Lunatic asylums in Bengal annual reports 1888-1898 - 1888-1898
Year: 1888
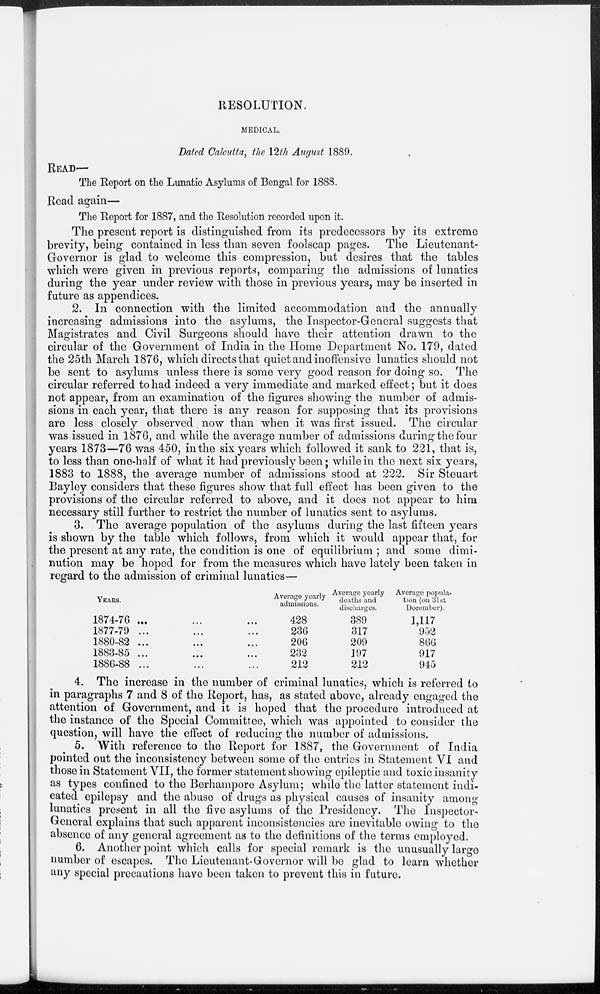
RESOLUTION.
MEDICAL.
Dated Calcutta, the 12th August 1889.
READ—
The Report on the Lunatic Asylums of Bengal for 1888.
Read again—
The Report for 1887, and the Resolution recorded upon it.
The present report is distinguished from its predecessors by its extreme
brevity, being contained in less than seven foolscap pages. The Lieutenant-
Governor is glad to welcome this compression, but desires that the tables
which were given in previous reports, comparing the admissions of lunatics
during the year under review with those in previous years, may be inserted in
future as appendices.
2. In connection with the limited accommodation and the annually
increasing admissions into the asylums, the Inspector-General suggests that
Magistrates and Civil Surgeons should have their attention drawn to the
circular of the Government of India in the Home Department No. 179, dated
the 25th March 1876, which directs that quiet and inoffensive lunatics should not
be sent to asylums unless there is some very good reason for doing so. The
circular referred to had indeed a very immediate and marked effect; but it does
not appear, from an examination of the figures showing the number of admis-
sions in each year, that there is any reason for supposing that its provisions
are less closely observed now than when it was first issued. The circular
was issued in 1876, and while the average number of admissions during the four
years 1873—76 was 450, in the six years which followed it sank to 221, that is,
to less than one-half of what it had previously been; while in the next six years,
1883 to 1888, the average number of admissions stood at 222. Sir Steuart
Bayley considers that these figures show that full effect has been given to the
provisions of the circular referred to above, and it does not appear to him
necessary still further to restrict the number of lunatics sent to asylums.
3. The average population of the asylums during the last fifteen years
is shown by the table which follows, from which it would appear that, for
the present at any rate, the condition is one of equilibrium ; and some dimi-
nution may be hoped for from the measures which have lately been taken in
regard to the admission of criminal lunatics—
YEARS.
1874-76 ... ... ...
1877-79 ... ... ...
1880-82 ... ... ...
1883-85 ... ... ...
1886-88 ... ... ...
Average yearly
admissions.
428
236
206
232
212
Averapfo yearly
deaths and
discharges.
389
317
209
197
212
Average popula-
tion (on 31st
December).
1,117
952
866
917
945
4. The increase in the number of criminal lunatics, which is referred to
in paragraphs 7 and 8 of the Report, has, as stated above, already engaged the
attention of Government, and it is hoped that the procedure introduced at
the instance of the Special Committee, which was appointed to consider the
question, will have the effect of reducing the number of admissions.
5. With reference to the Report for 1887, the Government of India
pointed out the inconsistency between some of the entries in Statement VI and
those in Statement VII, the former statement showing epileptic and toxic insanity
as types confined to the Berhampore Asylum; while the latter statement indi-
cated epilepsy and the abuse of drugs as physical causes of insanity among
lunatics present in all the five asylums of the Presidency. The Inspector-
General explains that such apparent inconsistencies are inevitable owing to the
absence of any general agreement as to the definitions of the terms employed.
6. Another point which calls for special remark is the unusually large
number of escapes. The Lieutenant-Governor will be glad to learn whether
any special precautions have been taken to prevent this in future.